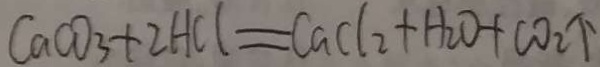
C a C O _ { 3 } + 2 H C l = C a C l _ { 2 } + H _ { 2 } O + C O _ { 2 } \uparrow